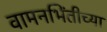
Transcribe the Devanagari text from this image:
वामनभिंतीच्या